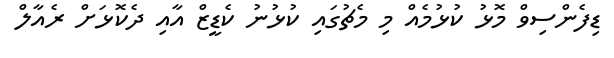
ޑިފެންސިވް މޮޅު ކުޅުމެއް މި މެޗުގައި ކުޅުނު ކެޑީޒް އާއި ދެކޮޅަށް ރެއާލް